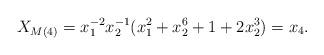
LaTeX: \begin{align*} X_{M(4)} = x_1^{-2}x_2^{-1}(x_1^2 + x_2^6 + 1 + 2x_2^3) = x_4. \end{align*}